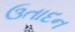
ઉતાદન